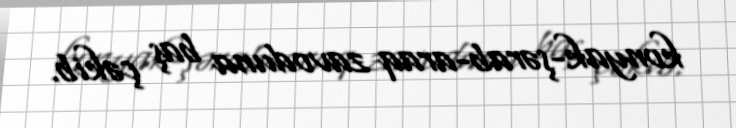
konyak-şərab-araq zavoduna baş çəkib.